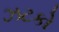
ઝટકો